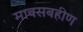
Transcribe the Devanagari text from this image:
मावसबहीण